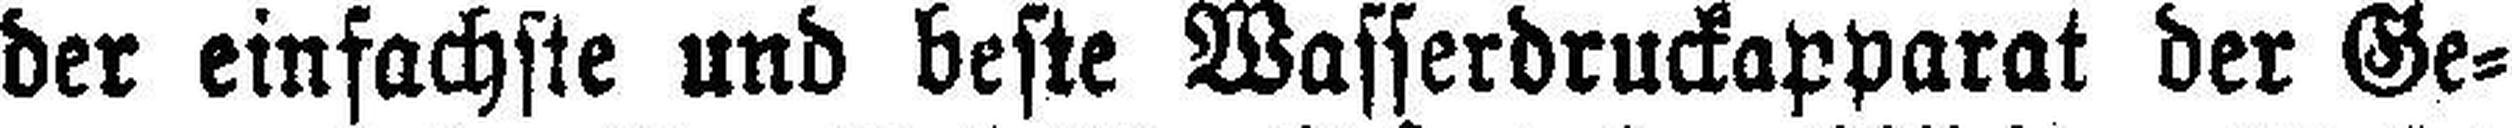
der einfachste und beste Wasserdruckapparat der Ge¬